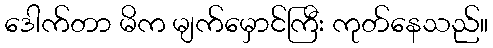
ဒေါက်တာ မိက မျက်မှောင်ကြီး ကုတ်နေသည်။